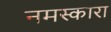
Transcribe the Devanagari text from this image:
नमस्कारा